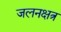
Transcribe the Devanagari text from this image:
जलनक्षत्र